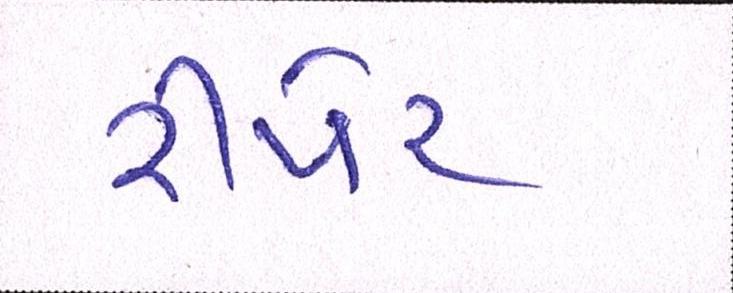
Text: રીપેર